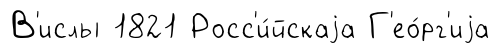
В'ислы 1821 Росс'и́йскаjа Г'ео́рг'иjа